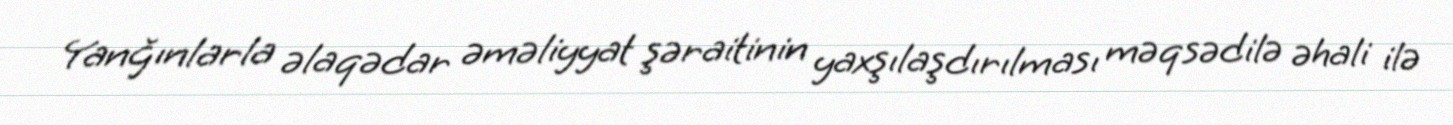
Yanğınlarla əlaqədar əməliyyat şəraitinin yaxşılaşdırılması məqsədilə əhali ilə